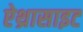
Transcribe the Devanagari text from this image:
ऐथ्रासाइट